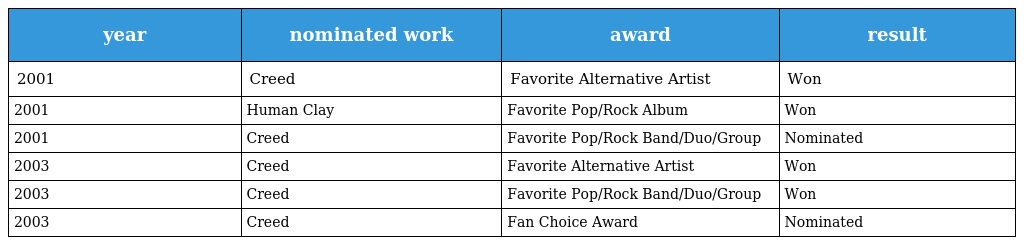
| year | nominated work | award | result |
 | --- | --- | --- | --- |
 | 2001 | Creed | Favorite Alternative Artist | Won |
 | 2001 | Human Clay | Favorite Pop/Rock Album | Won |
 | 2001 | Creed | Favorite Pop/Rock Band/Duo/Group | Nominated |
 | 2003 | Creed | Favorite Alternative Artist | Won |
 | 2003 | Creed | Favorite Pop/Rock Band/Duo/Group | Won |
 | 2003 | Creed | Fan Choice Award | Nominated |